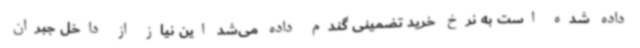
داده شده است به نرخ خرید تضمینی گندم داده می‌شد این نیاز از داخل جبران